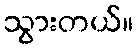
သွားတယ်။